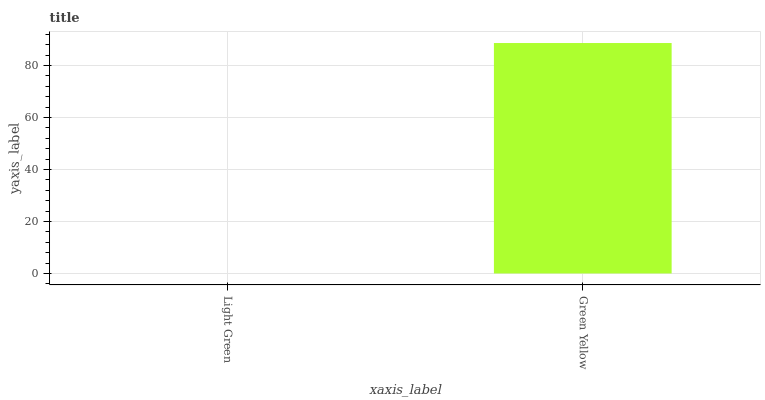
| xaxis_label | bars |
 | --- | --- |
 | Light Green | 0 |
 | Green Yellow | 88.6 |